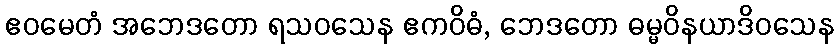
ဧဝမေတံ အဘေဒတော ရသဝသေန ဧကဝိဓံ, ဘေဒတော ဓမ္မဝိနယာဒိဝသေန